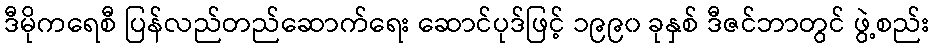
ဒီမိုကရေစီ ပြန်လည်တည်ဆောက်ရေး ဆောင်ပုဒ်ဖြင့် ၁၉၉၀ ခုနှစ် ဒီဇင်ဘာတွင် ဖွဲ့စည်း